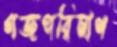
গজপরিমাণ